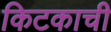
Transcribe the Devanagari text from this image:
किटकाची